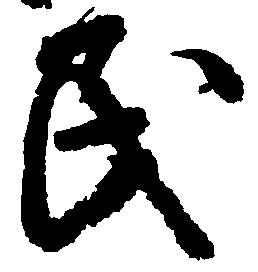
民